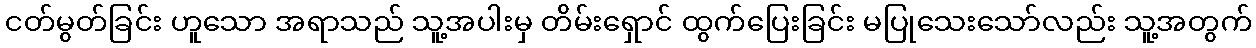
ငတ်မွတ်ခြင်း ဟူသော အရာသည် သူ့အပါးမှ တိမ်းရှောင် ထွက်ပြေးခြင်း မပြုသေးသော်လည်း သူ့အတွက်